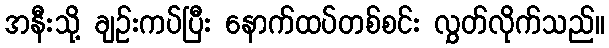
အနီးသို့ ချဉ်းကပ်ပြီး နောက်ထပ်တစ်စင်း လွှတ်လိုက်သည်။